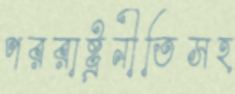
পররাষ্ট্রনীতিসহ